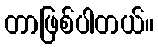
တာဖြစ်ပါတယ်။